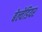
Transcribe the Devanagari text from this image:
बेल्वेडियर